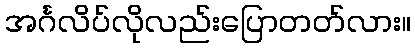
အင်္ဂလိပ်လိုလည်းပြောတတ်လား။